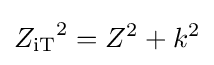
{Z_{\mathrm {iT} }}^{2}=Z^{2}+k^{2}